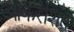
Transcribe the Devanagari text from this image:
आकरशित